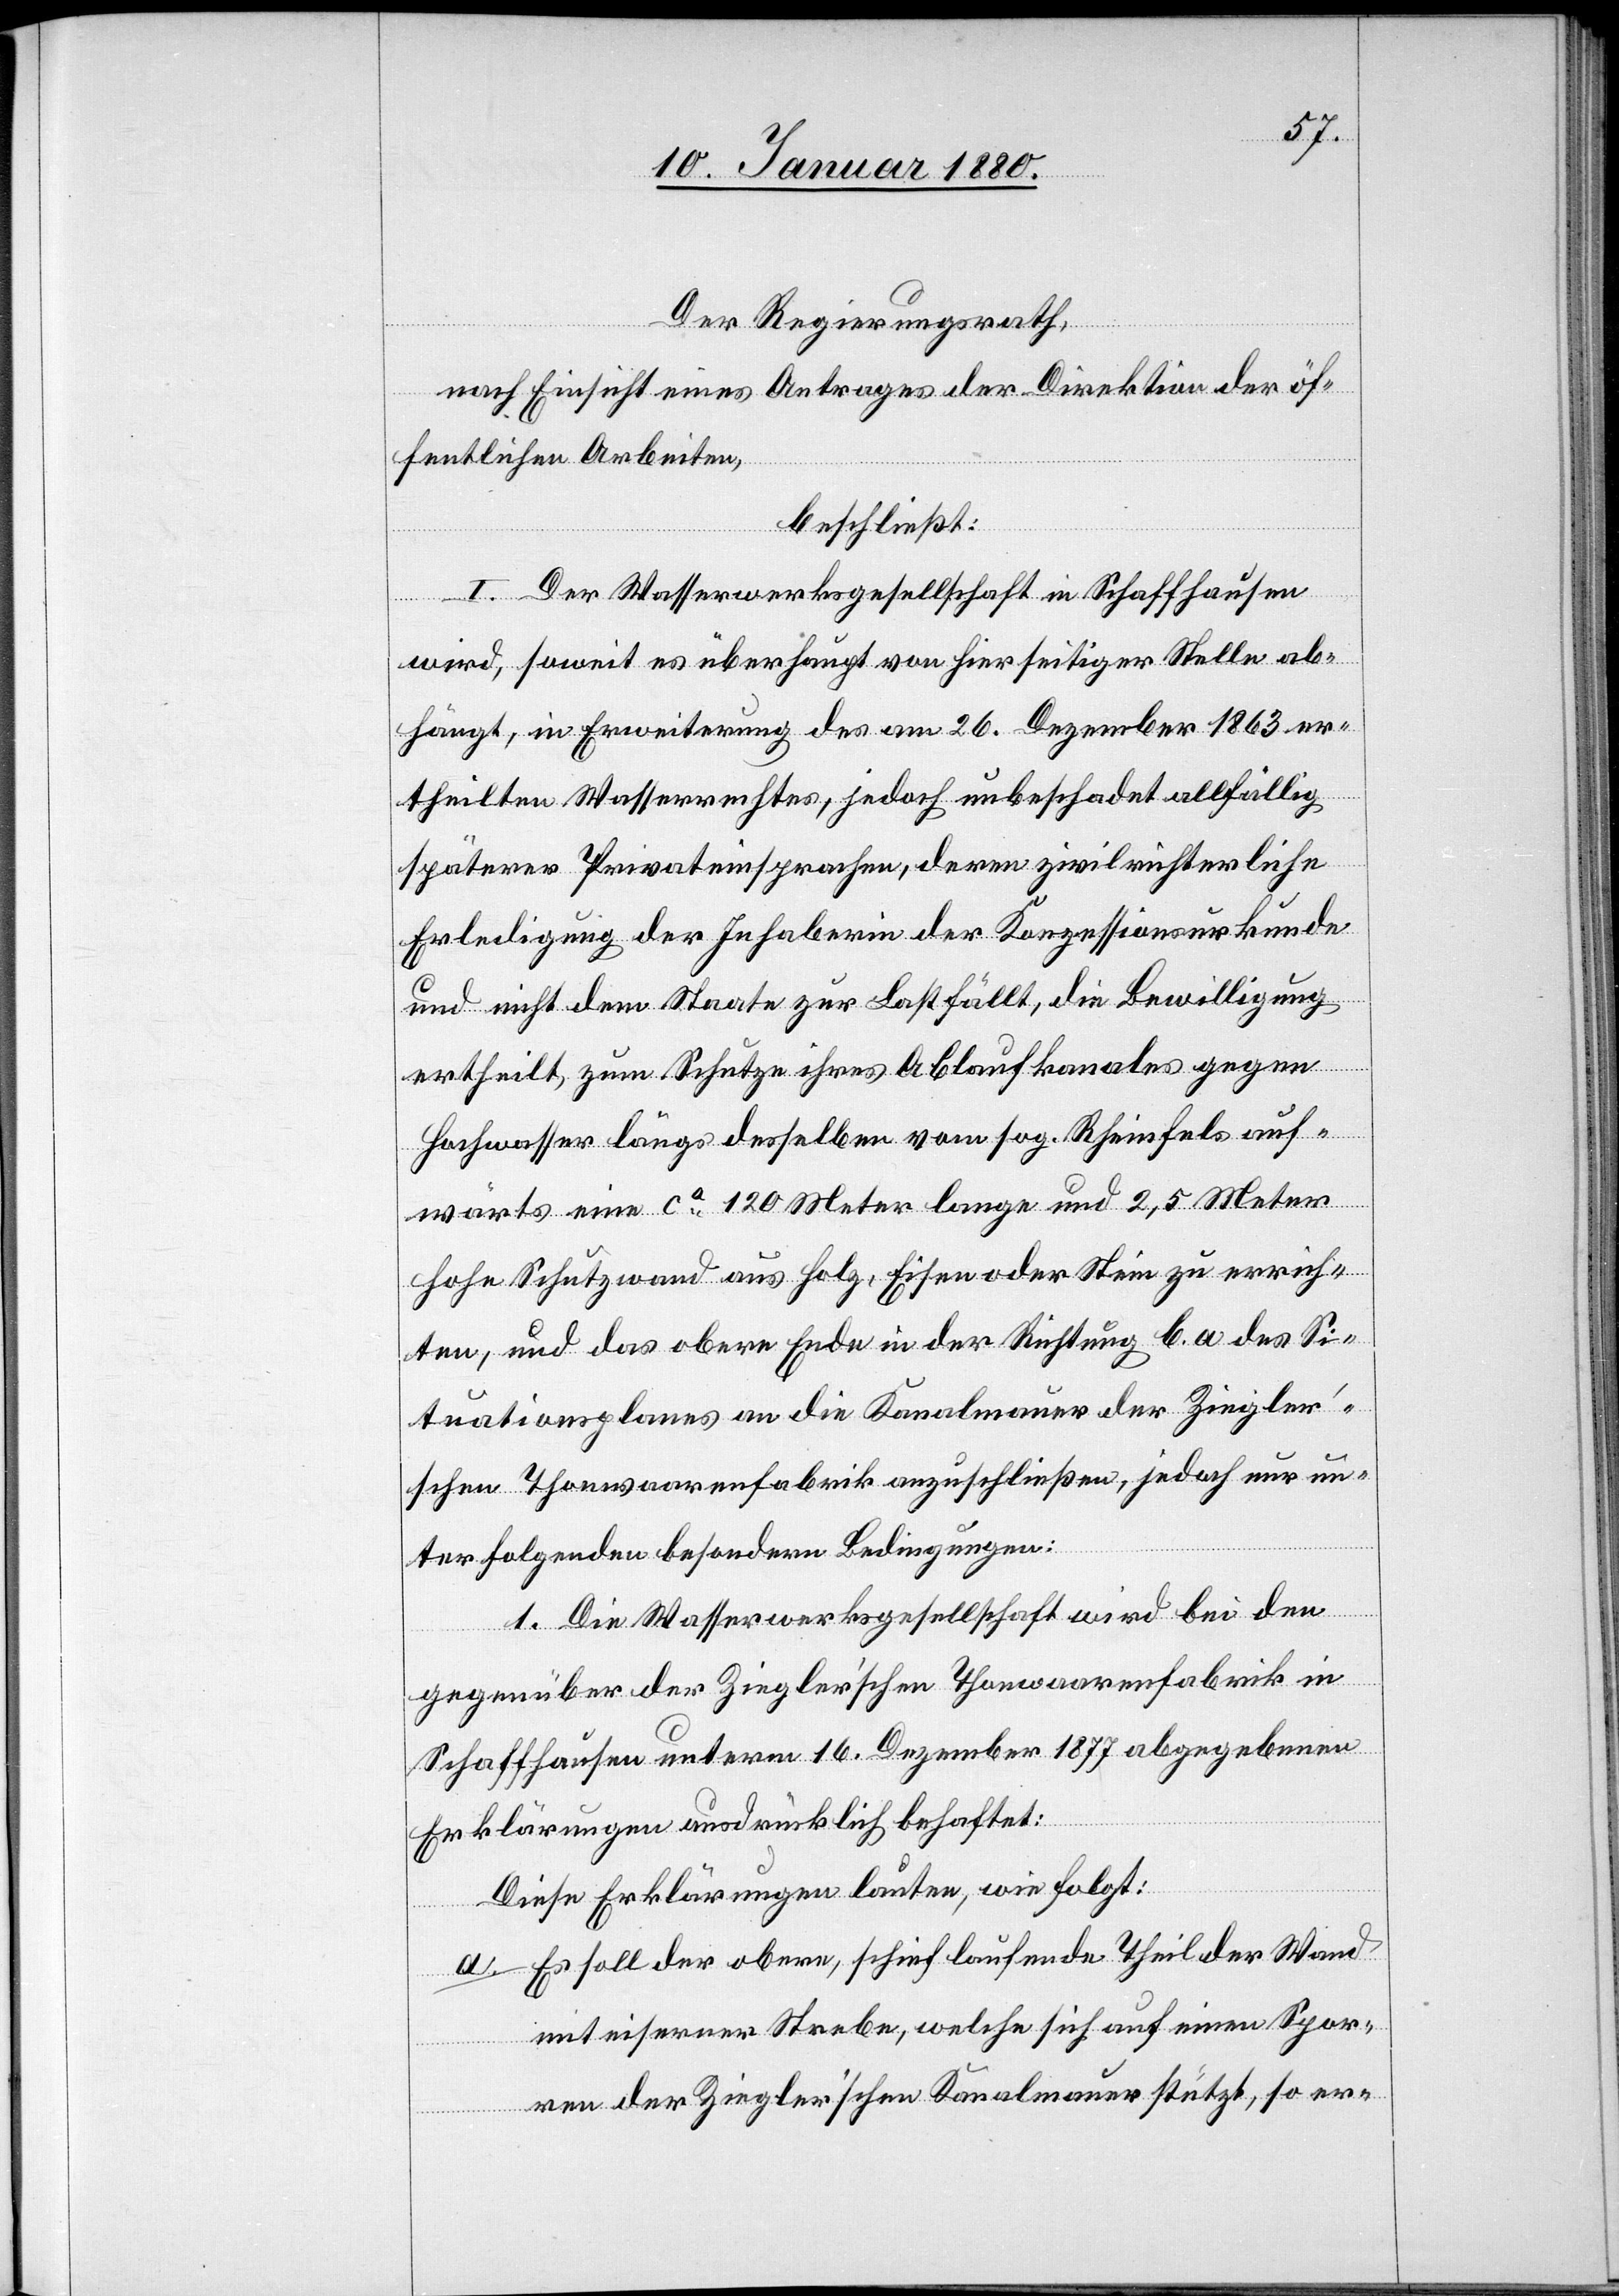
Der Regierungsrath,
nach Einsicht eines Antrages der Direktion der öf¬
fentlichen Arbeiten,
beschließt:
I. Der Wasserwerksgesellschaft in Schaffhausen
wird, soweit es überhaupt von hierseitiger Stelle ab¬
hängt, in Erweiterung des am 26. Dezember 1863 er¬
theilten Wasserrechtes, jedoch unbeschadet allfällig
späterer Privateinsprachen, deren zivilrichterliche
Erledigung der Inhaberin der Konzessionsurkunde
und nicht dem Staate zur Last fällt, die Bewilligung
ertheilt, zum Schutze ihres Ablaufkanales gegen
Hochwasser längs desselben vom sog. Rheinfels auf¬
wärts eine ca 120 Meter lange und 2,5 Meter
hohe Schutzwand aus Holz, Eisen oder Stein zu errich¬
ten, und das obere Ende in der Richtung [?C] a. des Si¬
tuationsplanes an die Kanalmauer der Ziegle¬
r’schen Thonwaarenfabrik anzuschließen, jedoch nur un¬
ter folgenden besondern Bedingungen:
1. Die Wasserwerksgesellschaft wird bei den
gegenüber die Ziegler’schen Thonwaarenfabrik in
Schaffhausen unterm 16. Dezember 1877 abgegebenen
Erklärungen ausdrücklich behaftet:
Diese Erklärungen lauten wie folgt:
a. Es soll der obere, schief laufende Theil der Wand
mit eiserner Strebe, welche sich auf einen Spar¬
ren der Ziegler’schen Kanalmauer stützt, so er-